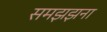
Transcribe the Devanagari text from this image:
समझझना